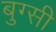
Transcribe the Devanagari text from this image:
बुग्‍सी